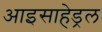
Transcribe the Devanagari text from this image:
आइसाहेड्रल